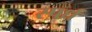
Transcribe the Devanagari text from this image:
स्पर्ध